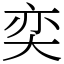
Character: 奕